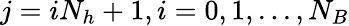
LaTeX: j=iN_{h}+1,i=0,1,...,N_{B}